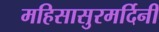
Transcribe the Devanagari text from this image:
महिसासुरमर्दिनी